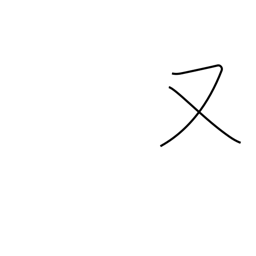
Meaning: or again